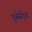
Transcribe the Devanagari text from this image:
पुबेसेंट्स